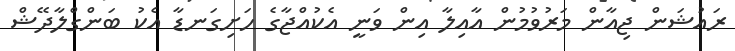
ރައުޝަން ޖިއާން މަރުވުމުން އާއިލާ އިން ވަނީ އެކުއްޖާގެ ހަށިގަނޑާ އެކު ބަންގްލާދޭޝް